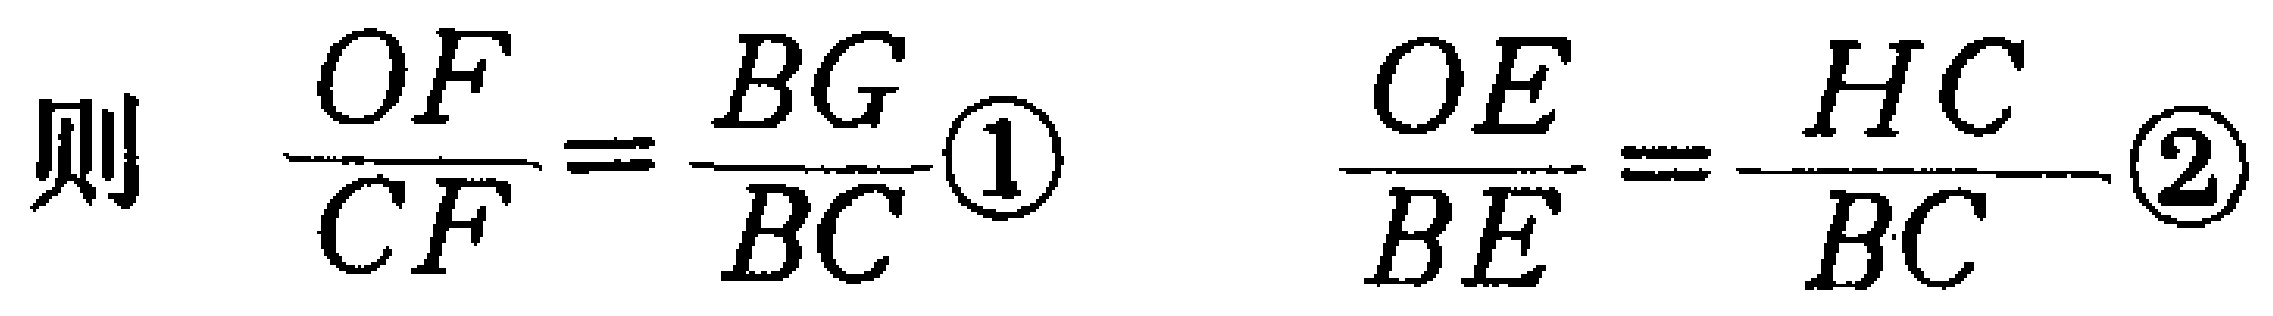
则 \(\frac{OF}{CF}=\frac{BG}{BC}\textcircled{1}\)  \(\frac{OE}{BE}=\frac{HC}{BC}\textcircled{2}\)